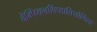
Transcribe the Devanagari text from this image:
चैम्पियनशिपप्रतियोगिता